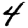
Digit: 4